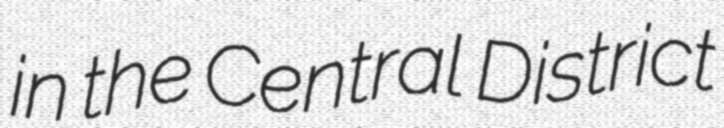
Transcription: in the Central District